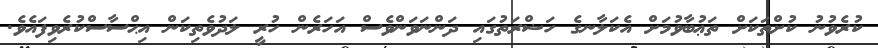
ކުރެވުނު ކުށްތަކަށް ތަޢުބާވުމަށް އެކަލާނގެ ހަޟްރަތުގައި ދަންނަވަންވެސް އަހަރެން ހުރީ ލަދުވެތިކަން އިޙްސާސްކުރެވިފައެވެ.